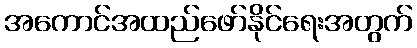
အကောင်အထည်ဖော်နိုင်ရေးအတွက်